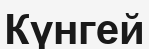
Күнгей